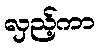
လှည့်ကာ